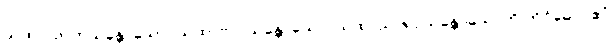
ယထာလာဘသန္တောသော, ယထာဗလသန္တောသော, ယထာသာရုပ္ပသန္တောသောတိ တိဝိဓော။ ဧဝံ